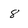
Character: 8